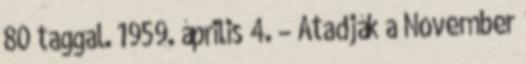
80 taggal. 1959. április 4. – Átadják a November